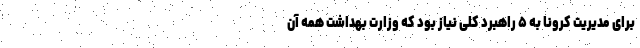
برای مدیریت کرونا به ۵ راهبرد کلی نیاز بود که وزارت بهداشت همه‌ آن